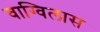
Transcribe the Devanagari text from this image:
वाग्विलास